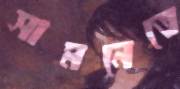
সামনেতে